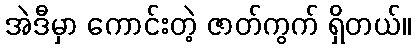
အဲဒီမှာ ကောင်းတဲ့ ဇာတ်ကွက် ရှိတယ်။